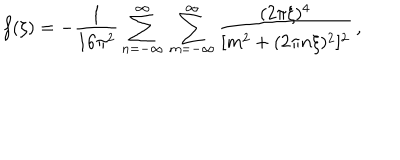
f ( \xi ) = - \frac { 1 } { 1 6 \pi ^ { 2 } } \sum _ { n = - \infty } ^ { \infty } \, \sum _ { m = - \infty } ^ { \infty } \frac { ( 2 \pi \xi ) ^ { 4 } } { [ m ^ { 2 } + ( 2 \pi n \xi ) ^ { 2 } ] ^ { 2 } } \, ,